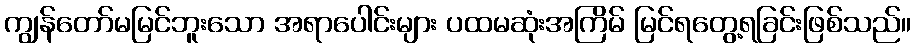
ကျွန်တော်မမြင်ဘူးသော အရာပေါင်းများ ပထမဆုံးအကြိမ် မြင်ရတွေ့ရခြင်းဖြစ်သည်။